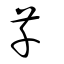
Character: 芊